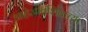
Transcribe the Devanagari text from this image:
आहेजीवशिवाच्या